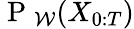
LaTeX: \mathrm{~P~}_{\mathcal{W}}(X_{0:T})